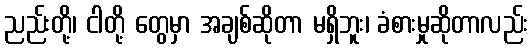
ညည်းတို့၊ ငါတို့ တွေမှာ အချစ်ဆိုတာ မရှိဘူး၊ ခံစားမှုဆိုတာလည်း